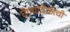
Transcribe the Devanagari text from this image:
घेण्यावेळीची